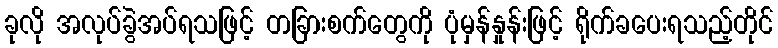
ခုလို အလုပ်ခွဲအပ်ရသဖြင့် တခြားစက်တွေကို ပုံမှန်နှုန်းဖြင့် ရိုက်ခပေးရသည့်တိုင်